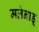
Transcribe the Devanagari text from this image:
मलेनाडू